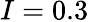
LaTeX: I=0.3